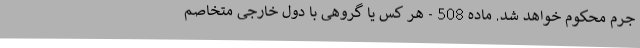
جرم محکوم‌ خواهد شد. ماده 508 - هر کس یا گروهی با دول خارجی متخاصم